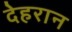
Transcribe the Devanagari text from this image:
देहरान